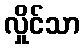
လှိုင်သာ